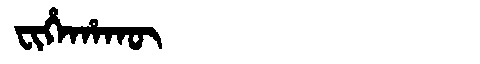
Manchu: ᠸᡳᡥᡝᡥᠠᡴᡡ
Romanization: FIHEHAKŪ